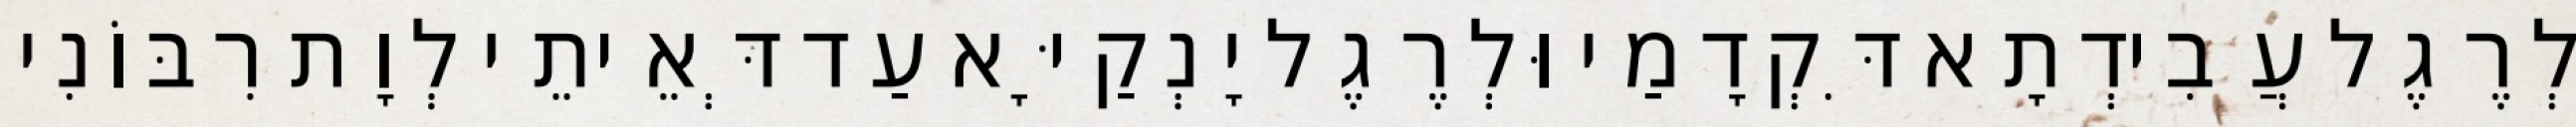
לְרֶגֶל עֲבִידְתָא דִּקְדָמַי וּלְרֶגֶל יָנְקַיָּא עַד דְּאֵיתֵי לְוָת רִבּוֹנִי